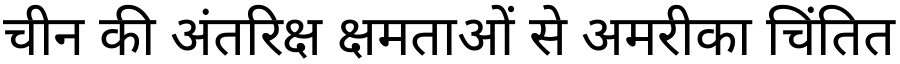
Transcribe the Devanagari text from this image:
चीन की अंतरिक्ष क्षमताओं से अमरीका चिंतित